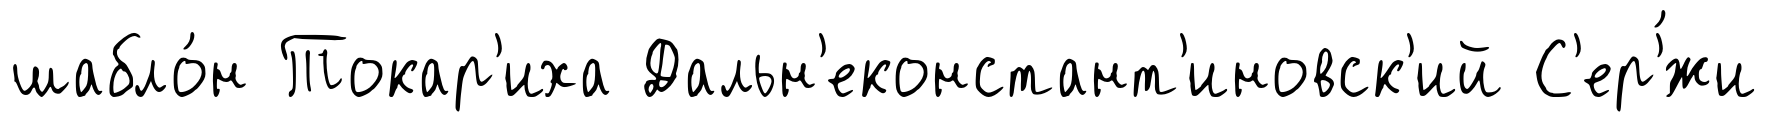
шабло́н Токар'иха Дальн'еконстант'иновск'ий С'ер'́жи